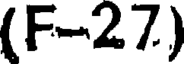
(F-27)